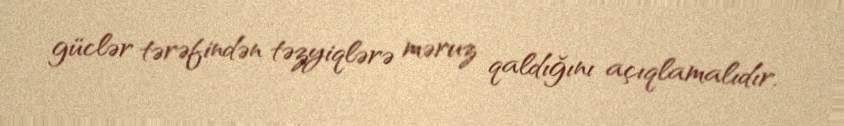
güclər tərəfindən təzyiqlərə məruz qaldığını açıqlamalıdır.